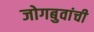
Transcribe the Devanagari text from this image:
जोगबुवांची